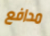
مدافع